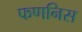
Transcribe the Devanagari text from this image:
फणनिस